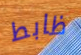
ظابط